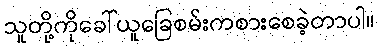
သူတို့ကိုခေါ်ယူခြေစမ်းကစားစေခဲ့တာပါ။